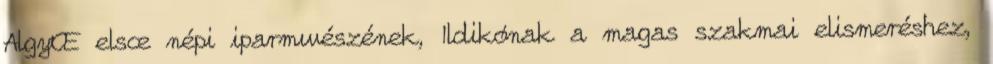
AlgyŒ elsœ népi iparmıvészének, Ildikónak a magas szakmai elismeréshez,